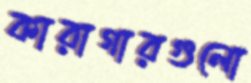
কারাগারগুলো